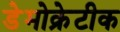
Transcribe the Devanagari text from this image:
डेेमोक्रेटीक